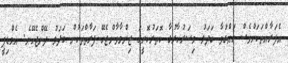
އެފަރާއްތަކަށްވެސް ހައްގުވާ ބަދަލު މިސަރުކާރުގާ ކޮތަރުކޮށީގަ ޒިންމާވާންޖެހޭ ފަރާތްތަކުން ބަދަލު ދޭންޖެހޭނެ. އެމްޑިޕީ